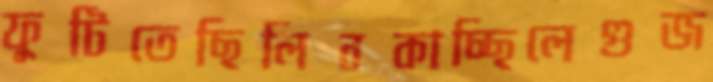
ফুটিতেছিলিবকাচ্ছিলেগুজ